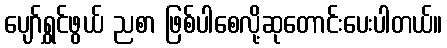
ပျော်ရွှင်ဖွယ် ညစာ ဖြစ်ပါစေလို့ဆုတောင်းပေးပါတယ်။